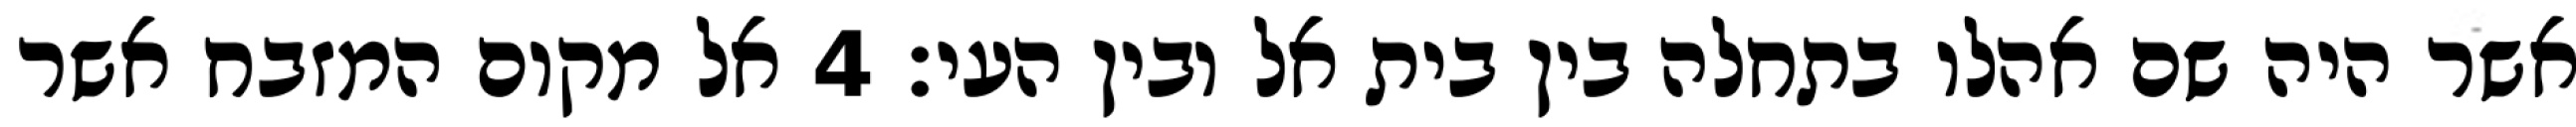
אשר היה שם אהלו בתחלה בין בית אל ובין העי׃ ‎4‏ אל מקום המזבח אשר